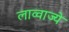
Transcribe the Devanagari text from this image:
लाव्वाज्ये